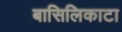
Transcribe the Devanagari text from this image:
बासिलिकाटा